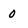
Character: 0